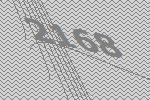
2168